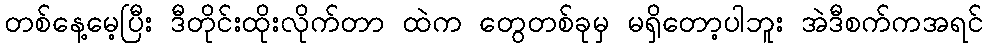
တစ်နေ့မေ့ပြီး ဒီတိုင်းထိုးလိုက်တာ ထဲက တွေတစ်ခုမှ မရှိတော့ပါဘူး အဲဒီစက်ကအရင်